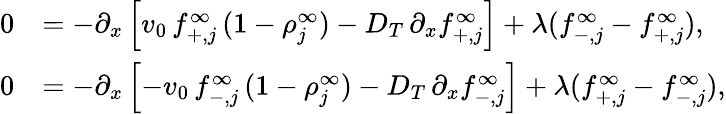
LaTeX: \begin{array}{rl}{0}&{=-\partial_{x}\left[v_{0}\, f_{+,j}^{\infty}\, (1-\rho_{j}^{\infty})-D_{T}\, \partial_{x}f_{+,j}^{\infty}\right]+\lambda(f_{-,j}^{\infty}-f_{+,j}^{\infty}),}\\ {0}&{=-\partial_{x}\left[-v_{0}\, f_{-,j}^{\infty}\, (1-\rho_{j}^{\infty})-D_{T}\, \partial_{x}f_{-,j}^{\infty}\right]+\lambda(f_{+,j}^{\infty}-f_{-,j}^{\infty}),}\end{array}